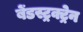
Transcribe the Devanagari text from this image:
बेंडस्ट्रक्ट्रेन